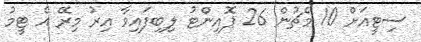
ސިޓީއަށް 10 މެޗުން 26 ޕޮއިންޓު ލިބިފައިވާ އިރު މިރޭ އެ ޓީމު